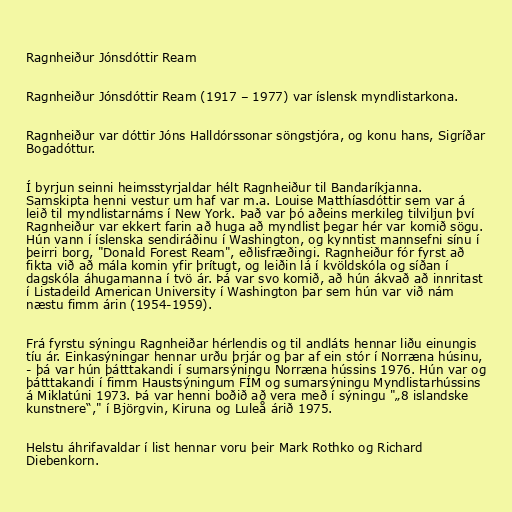
Ragnheiður Jónsdóttir Ream

Ragnheiður Jónsdóttir Ream (1917 – 1977) var íslensk myndlistarkona.

Ragnheiður var dóttir Jóns Halldórssonar söngstjóra, og konu hans, Sigríðar
Bogadóttur.

Í byrjun seinni heimsstyrjaldar hélt Ragnheiður til Bandaríkjanna.
Samskipta henni vestur um haf var m.a. Louise Matthíasdóttir sem var á
leið til myndlistarnáms í New York. Það var þó aðeins merkileg tilviljun því
Ragnheiður var ekkert farin að huga að myndlist þegar hér var komið sögu.
Hún vann í íslenska sendiráðinu í Washington, og kynntist mannsefni sínu í
þeirri borg, "Donald Forest Ream", eðlisfræðingi. Ragnheiður fór fyrst að
fikta við að mála komin yfir þrítugt, og leiðin lá í kvöldskóla og síðan í
dagskóla áhugamanna í tvö ár. Þá var svo komið, að hún ákvað að innritast
í Listadeild American University í Washington þar sem hún var við nám
næstu fimm árin (1954-1959).

Frá fyrstu sýningu Ragnheiðar hérlendis og til andláts hennar liðu einungis
tíu ár. Einkasýningar hennar urðu þrjár og þar af ein stór í Norræna húsinu,
- þá var hún þátttakandi í sumarsýningu Norræna hússins 1976. Hún var og
þátttakandi í fimm Haustsýningum FÍM og sumarsýningu Myndlistarhússins
á Miklatúni 1973. Þá var henni boðið að vera með í sýningu "„8 islandske
kunstnere“," í Björgvin, Kiruna og Luleå árið 1975.

Helstu áhrifavaldar í list hennar voru þeir Mark Rothko og Richard
Diebenkorn.